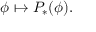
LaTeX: \phi \mapsto P _ { * } ( \phi ) .